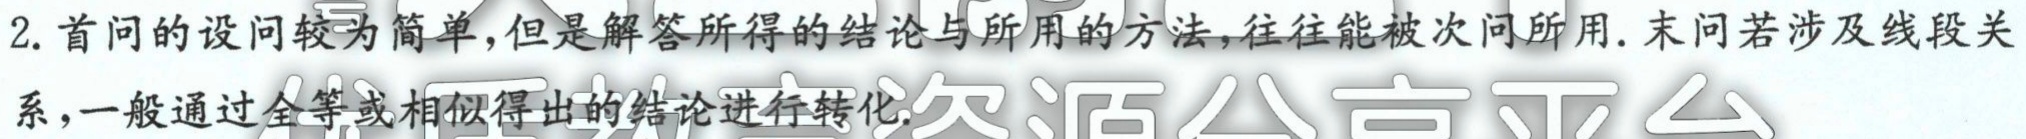
2. 首问的设问较为简单，但是解答所得的结论与所用的方法，往往能被次问所用. 末问若涉及线段关系，一般通过全等或相似得出的结论进行转化.